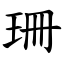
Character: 珊